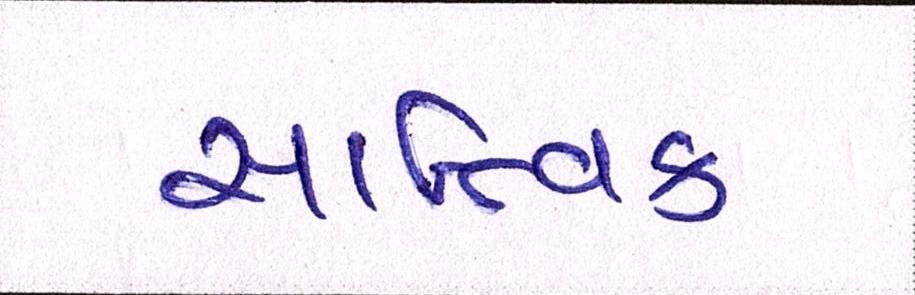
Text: સાત્ત્વિક